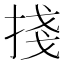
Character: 𢯆